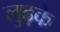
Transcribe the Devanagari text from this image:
लुढ़के